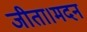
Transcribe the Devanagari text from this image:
जीता।मदन